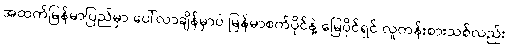
အထက်မြန်မာပြည်မှာ ပေါ်လာချိန်မှာပဲ မြန်မာစက်ပိုင်နဲ့ မြေပိုင်ရှင် လူတန်းစားသစ်လည်း